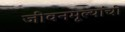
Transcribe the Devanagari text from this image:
जीवनमूल्यांची